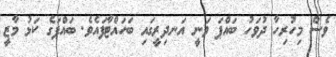
ވެސް މިހުރިހާ ދުވަހު ބައްޕަ ވަނީ އަނދިރީގައި ބަހައްޓާފައެވެ. ބައްޕަގެ ކަޅު މާޒީ